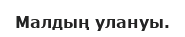
Малдың улануы.